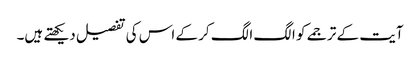
آیت کے ترجمے کو الگ الگ کر کے اس کی تفصیل دیکھتے ہیں۔